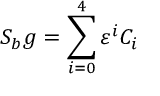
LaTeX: { \cal S } _ { b } g = \sum _ { i = 0 } ^ { 4 } \varepsilon ^ { i } { \cal C } _ { i }